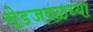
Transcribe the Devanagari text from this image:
रोडजवळच्या